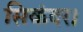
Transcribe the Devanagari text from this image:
सिकंदर।